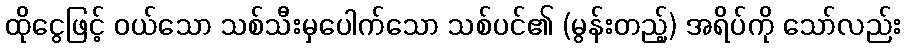
ထိုငွေဖြင့် ဝယ်သော သစ်သီးမှပေါက်သော သစ်ပင်၏ (မွန်းတည့်) အရိပ်ကို သော်လည်း